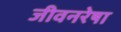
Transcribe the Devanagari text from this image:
जीवनरेषा